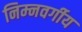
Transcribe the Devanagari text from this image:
निम्‍नवर्गीय